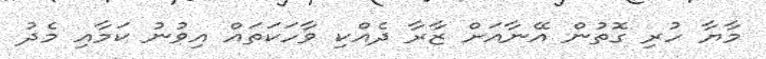
މާޔާ ހުރި ގޮތުން އޭނާއަށް ޒާރާ ދެއްކި ވާހަކަތައް އިވުނު ކަމާއި މެދު